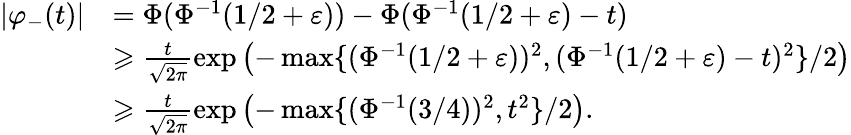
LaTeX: \begin{array}{rl}{|\varphi_{-}(t)|}&{=\Phi(\Phi^{-1}(1/2+\varepsilon))-\Phi(\Phi^{-1}(1/2+\varepsilon)-t)}\\ &{\geqslant\frac{t}{\sqrt{2\pi}}\exp\left(-\operatorname*{max}\{ (\Phi^{-1}(1/2+\varepsilon))^{2},(\Phi^{-1}(1/2+\varepsilon)-t)^{2}\} /2\right)}\\ &{\geqslant\frac{t}{\sqrt{2\pi}}\exp\left(-\operatorname*{max}\{ (\Phi^{-1}(3/4))^{2},t^{2}\} /2\right).}\end{array}